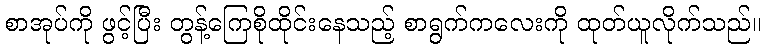
စာအုပ်ကို ဖွင့်ပြီး တွန့်ကြေစိုထိုင်းနေသည့် စာရွက်ကလေးကို ထုတ်ယူလိုက်သည်။